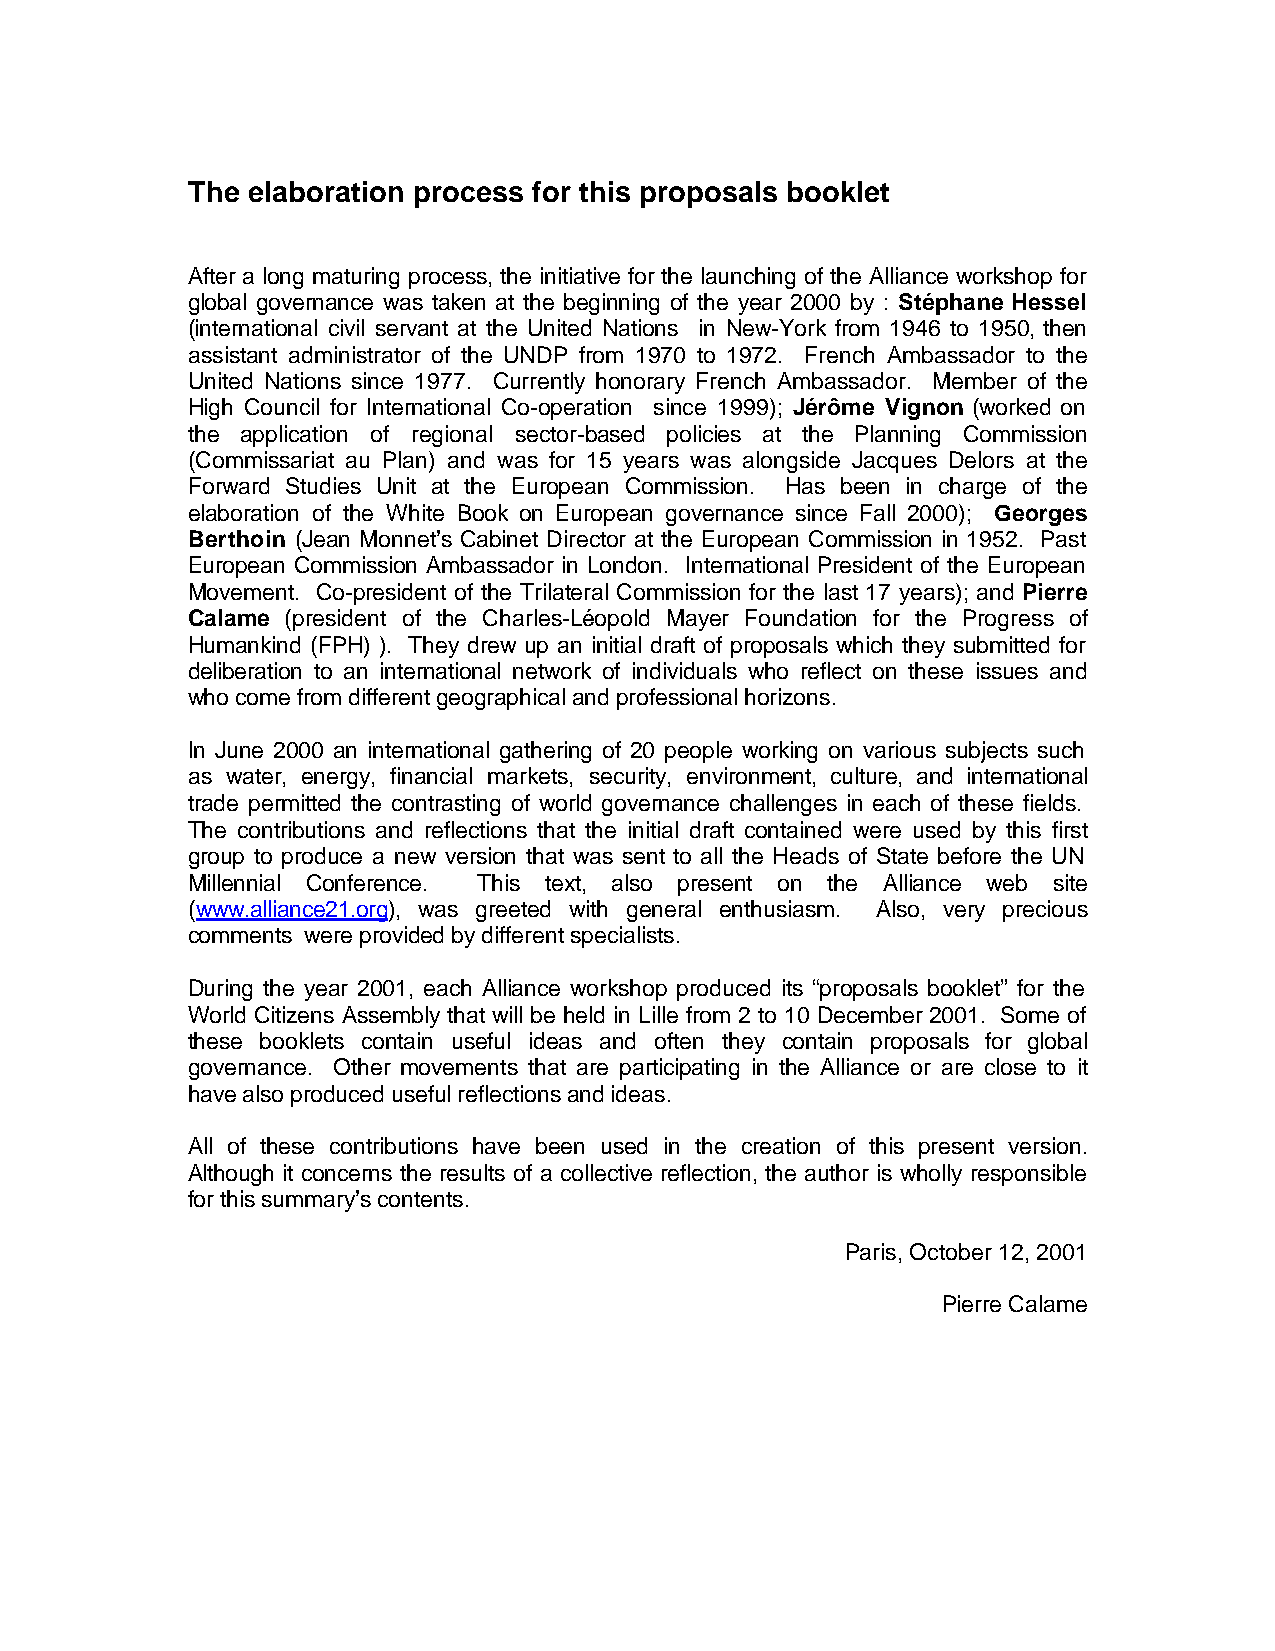
The elaboration process for this proposals booklet
 After a long maturing process, the initiative for the launching of the Alliance workshop for
 global governance was taken at the beginning of the year 2000 by : Stéphane Hessel
 (international civil servant at the United Nations in New-York from 1946 to 1950, then
 assistant administrator of the UNDP from 1970 to 1972. French Ambassador to the
 United Nations since 1977. Currently honorary French Ambassador. Member of the
 High Council for International Co-operation since 1999); Jérôme Vignon (worked on
 the application of regional sector-based policies at the Planning Commission
 (Commissariat au Plan) and was for 15 years was alongside Jacques Delors at the
 Forward Studies Unit at the European Commission. Has been in charge of the
 elaboration of the White Book on European governance since Fall 2000); Georges
 Berthoin (Jean Monnet’s Cabinet Director at the European Commission in 1952. Past
 European Commission Ambassador in London. International President of the European
 Movement. Co-president of the Trilateral Commission for the last 17 years); and Pierre
 Calame (president of the Charles-Léopold Mayer Foundation for the Progress of
 Humankind (FPH) ). They drew up an initial draft of proposals which they submitted for
 deliberation to an international network of individuals who reflect on these issues and
 who come from different geographical and professional horizons.
 In June 2000 an international gathering of 20 people working on various subjects such
 as water, energy, financial markets, security, environment, culture, and international
 trade permitted the contrasting of world governance challenges in each of these fields.
 The contributions and reflections that the initial draft contained were used by this first
 group to produce a new version that was sent to all the Heads of State before the UN
 Millennial Conference. This text, also present on the Alliance web site
 (www.alliance21.org), was greeted with general enthusiasm. Also, very precious
 comments were provided by different specialists.
 During the year 2001, each Alliance workshop produced its “proposals booklet” for the
 World Citizens Assembly that will be held in Lille from 2 to 10 December 2001. Some of
 these booklets contain useful ideas and often they contain proposals for global
 governance. Other movements that are participating in the Alliance or are close to it
 have also produced useful reflections and ideas.
 All of these contributions have been used in the creation of this present version.
 Although it concerns the results of a collective reflection, the author is wholly responsible
 for this summary’s contents.
 Paris, October 12, 2001
 Pierre Calame